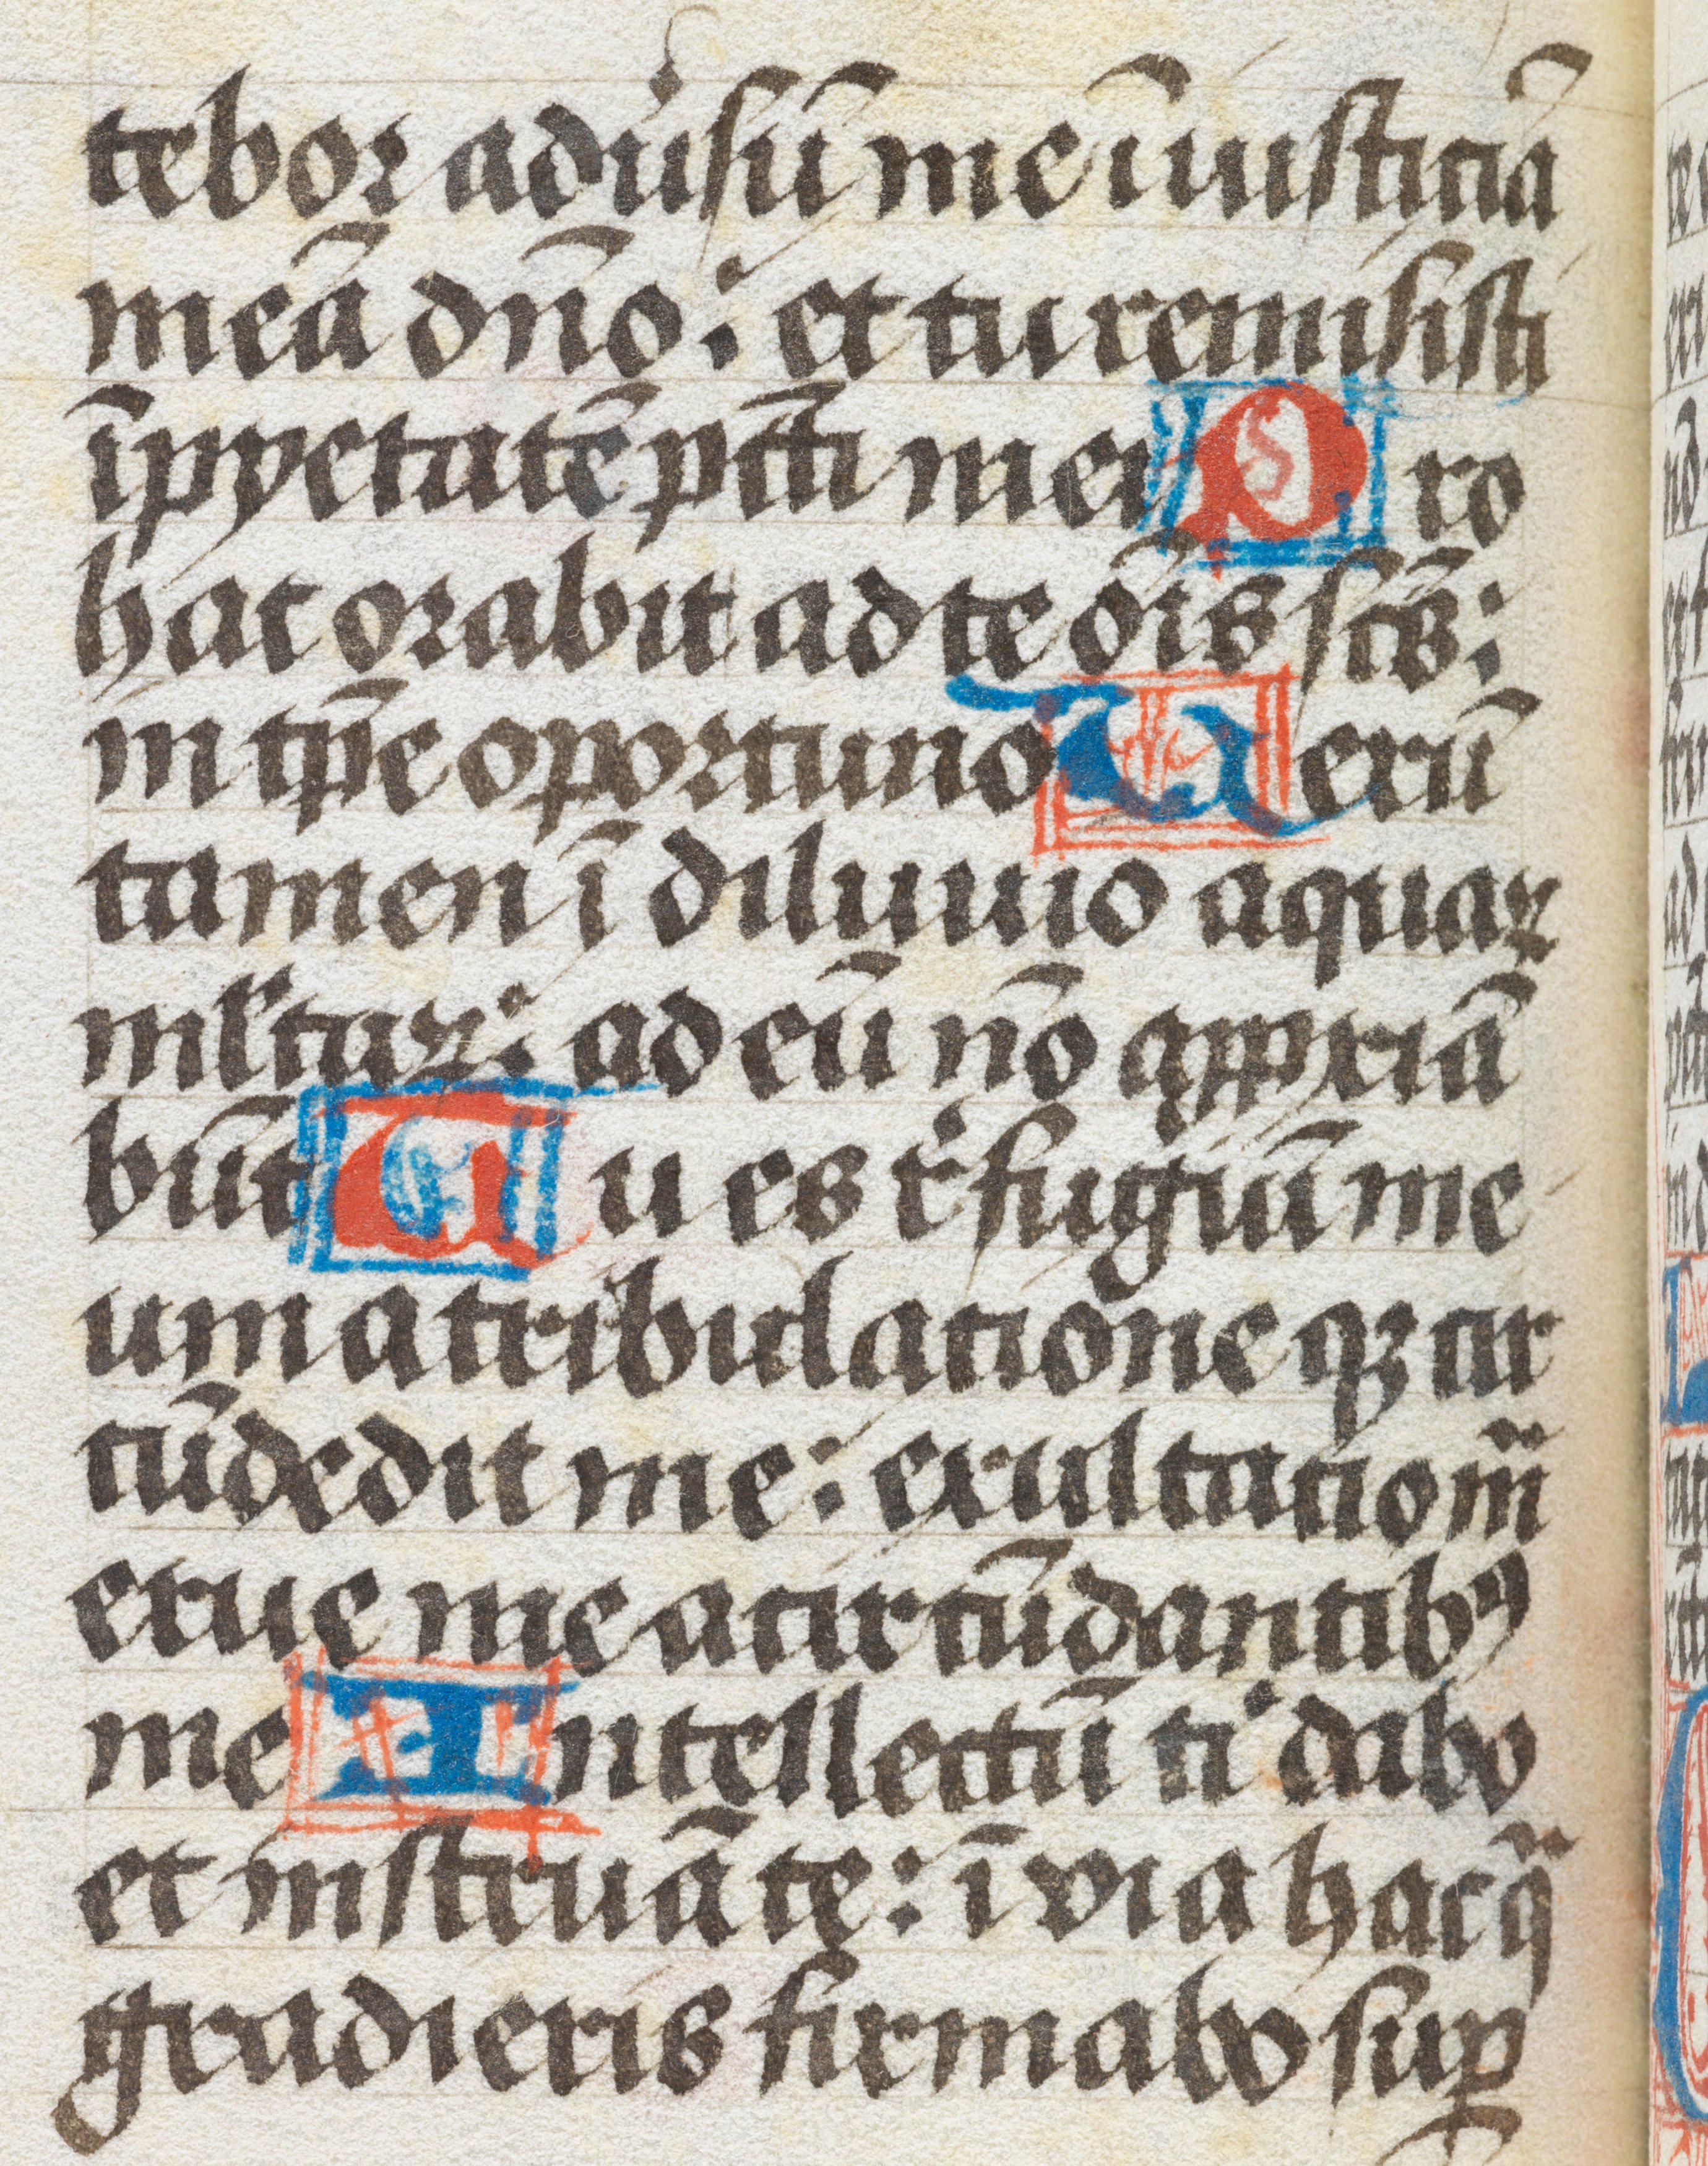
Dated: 1450–1499